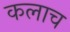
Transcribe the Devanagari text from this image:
कलाच